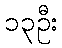
၁၃ဦး